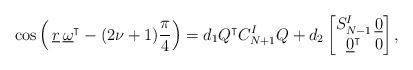
LaTeX: \begin{align*} \cos\left( \, \underline{r}\,\underline{\omega}^\intercal -(2\nu + 1)\frac{\pi}{4} \right) = d_1Q^\intercal C_{N+1}^{I}Q + d_2\begin{bmatrix} S_{N-1}^{I} &\!\!\!\! \underline{0}\\ \underline{0}^\intercal &\!\!\!\! 0\end{bmatrix},\end{align*}